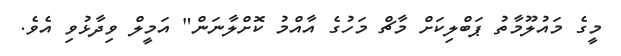
މީގެ މައުލޫމާތު ޕަބްލިކަށް މާޗް މަހުގެ އާއްމު ކޮށްލާނަން" އަމީލް ވިދާޅުވި އެވެ.